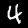
Label: 4